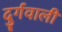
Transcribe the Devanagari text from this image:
दुर्गवाली